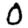
Digit: 0